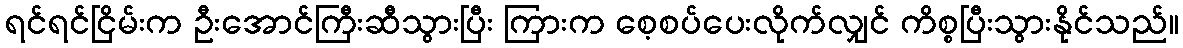
ရင်ရင်ငြိမ်းက ဦးအောင်ကြီးဆီသွားပြီး ကြားက စေ့စပ်ပေးလိုက်လျှင် ကိစ္စပြီးသွားနိုင်သည်။